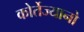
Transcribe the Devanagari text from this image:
कोर्तेज्यानो